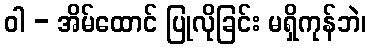
ဝါ - အိမ်ထောင် ပြုလိုခြင်း မရှိကုန်ဘဲ၊